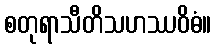
စတုရာသီတိသဟဿဝိဓံ။